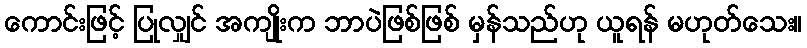
ကောင်းဖြင့် ပြုလျှင် အကျိုးက ဘာပဲဖြစ်ဖြစ် မှန်သည်ဟု ယူရန် မဟုတ်သေး။